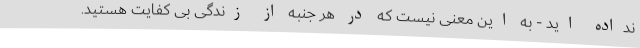
نداده اید - به این معنی نیست که در هر جنبه از زندگی بی کفایت هستید.